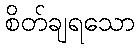
စိတ်ချရသော